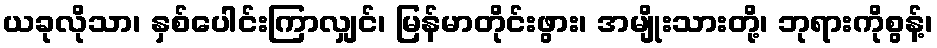
ယခုလိုသာ၊ နှစ်ပေါင်းကြာလျှင်၊ မြန်မာတိုင်းဖွား၊ အမျိုးသားတို့၊ ဘုရားကိုစွန့်၊